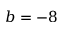
b = - 8